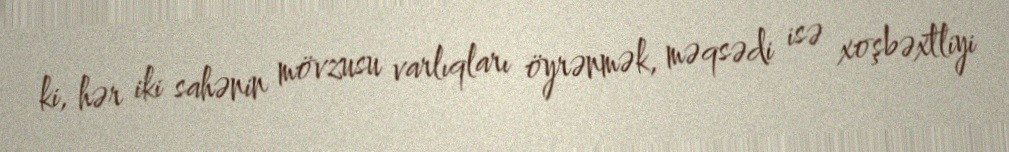
ki, hər iki sahənin mövzusu varlıqları öyrənmək, məqsədi isə xoşbəxtliyi